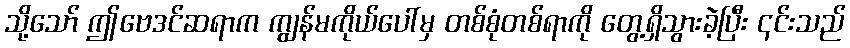
သို့သော် ဤဗေဒင်ဆရာက ကျွန်မကိုယ်ပေါ်မှ တစ်စုံတစ်ရာကို တွေ့ရှိသွားခဲ့ပြီး ၎င်းသည်